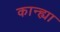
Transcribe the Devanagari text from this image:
कान्ह्या